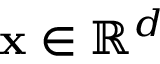
\mathbf { x } \in \mathbb { R } ^ { d }